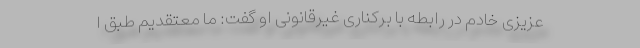
عزیزی خادم در رابطه با برکناری غیرقانونی او گفت: ما معتقدیم طبق ا